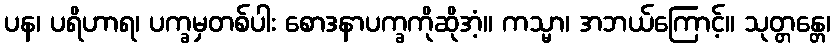
ပန၊ ပရိဟာရ၊ ပက္ခမှတစ်ပါး စောဒနာပက္ခကိုဆိုအံ့။ ကသ္မာ၊ အဘယ်ကြောင့်။ သုတ္တန္တေ၊